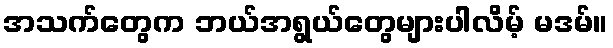
အသက်တွေက ဘယ်အရွယ်တွေများပါလိမ့် မဒမ်။